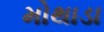
મોથાડા